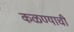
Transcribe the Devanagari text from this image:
कळण्याची